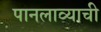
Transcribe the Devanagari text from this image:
पानलाव्याची